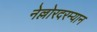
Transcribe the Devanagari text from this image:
नेल्लोरदरम्यान